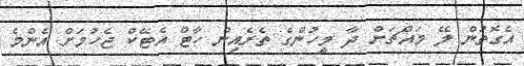
އެގޮތުން ލޭ މައްޗަށް ދާ މީހުންގެ ތެރެއިން ހާޓް އެޓޭކް ޖެހުމަށް އެންމެ